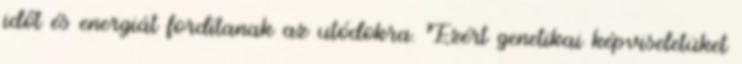
időt és energiát fordítanak az utódokra. Ezért genetikai képviseletüket